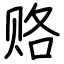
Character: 赂